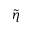
\tilde { \eta }